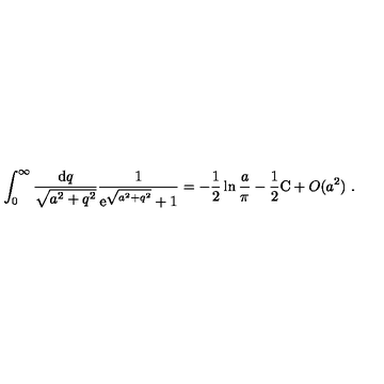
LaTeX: \int _ { 0 } ^ { \infty } \frac { \mathrm { d } q } { \sqrt { a ^ { 2 } + q ^ { 2 } } } \frac { 1 } { \mathrm { e } ^ { \sqrt { a ^ { 2 } + q ^ { 2 } } } + 1 } = - \frac { 1 } { 2 } \ln \frac { a } { \pi } - \frac { 1 } { 2 } \mathrm { C } + O ( a ^ { 2 } ) \ .